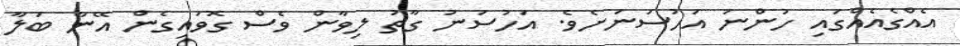
އެއްގެއެއްގައި ހުންނަ އަހުސަނަށެވެ. އަހުސަނު ގާތު ލިވާން ވެސް ގޮވައިގެން އޭނާ ބަލާ